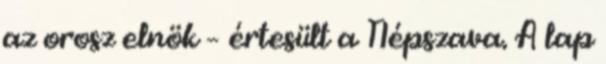
az orosz elnök – értesült a Népszava. A lap